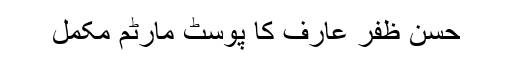
حسن ظفر عارف کا پوسٹ مارٹم مکمل